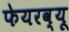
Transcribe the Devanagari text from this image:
फेयरव्यू